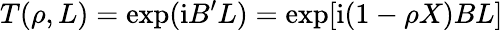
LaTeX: T(\rho,L)=\exp(\mathrm{i}B^{\prime}L)=\exp[\mathrm{i}(1-\rho X)BL]